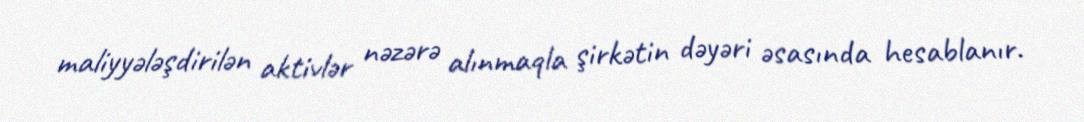
maliyyələşdirilən aktivlər nəzərə alınmaqla şirkətin dəyəri əsasında hesablanır.